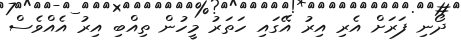
ދޯނި ފަރަށް އެރި އިރު އޭގައި ހަތަރު މީހުން ތިއްބި އިރު އެއްވެސް